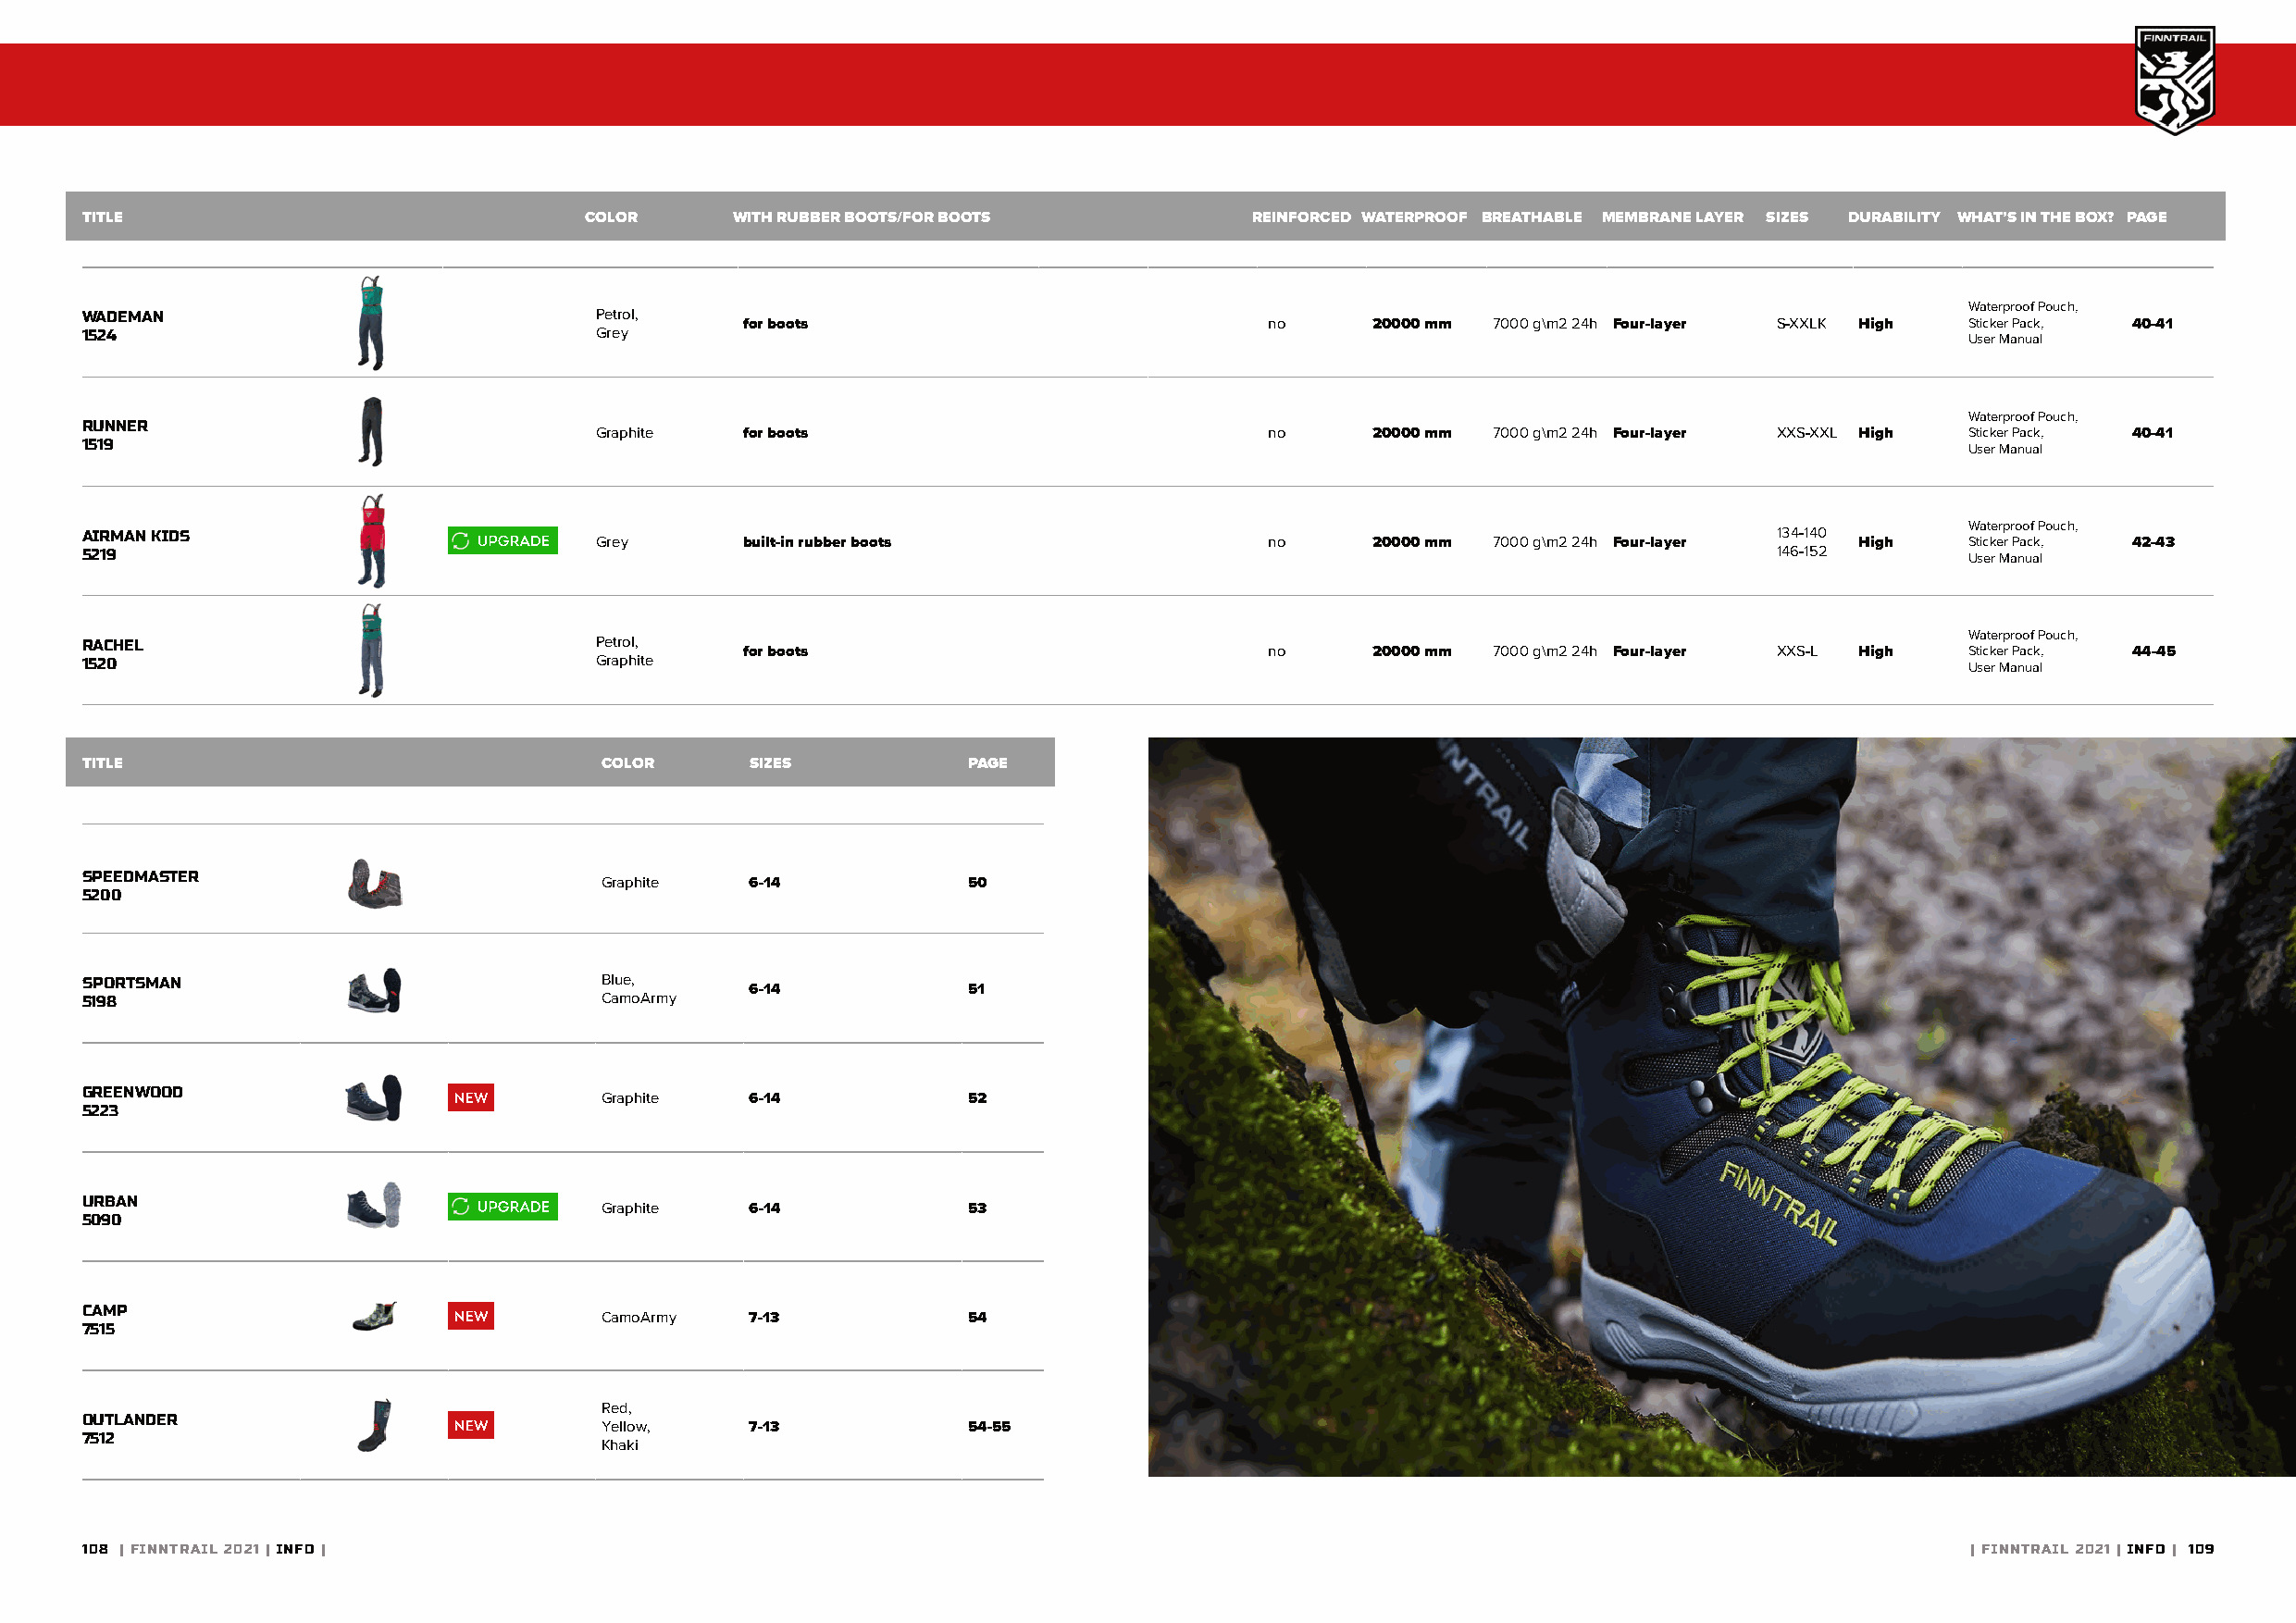
TITLE                               COLOR     WITH RUBBER BOOTS/FOR BOOTS           REINFORCED WATERPROOF BREATHABLE MEMBRANE LAYER SIZES DURABILITY WHAT’S IN THE BOX? PAGE
 Waterproof Pouch,
 WADEMAN                              Petrol,
 for boots                             no     20000 mm 7000 g\m2 24h Four-layer S-XXLK High Sticker Pack, 40-41
 1524                                 Grey                                                                                              User Manual
 Waterproof Pouch,
 RUNNER
 Graphite  for boots                             no     20000 mm 7000 g\m2 24h Four-layer XXS-XXL High Sticker Pack, 40-41
 1519                                                                                                                                   User Manual
 Waterproof Pouch,
 AIRMAN KIDS                                                                                                              134-140
 Grey      built-in rubber boots                 no     20000 mm 7000 g\m2 24h Four-layer  High    Sticker Pack, 42-43
 5219                                                                                                                     146-152       User Manual
 Waterproof Pouch,
 RACHEL                               Petrol,
 for boots                             no     20000 mm 7000 g\m2 24h Four-layer XXS-L High Sticker Pack, 44-45
 1520                                 Graphite                                                                                          User Manual
 TITLE                                COLOR      SIZES          PAGE
 SPEEDMASTER
 Graphite   6-14           50
 5200
 SPORTSMAN                            Blue,
 6-14           51
 5198                                 CamoArmy
 GREENWOOD
 Graphite   6-14           52
 5223
 URBAN
 Graphite   6-14           53
 5090
 CAMP
 CamoArmy   7-13           54
 7515
 Red,
 OUTLANDER
 Yellow,    7-13           54-55
 7512
 Khaki
 108 | FINNTRAIL 2021 | INFO |                                                                                                          | FINNTRAIL 2021 | INFO | 109